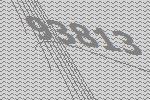
93813